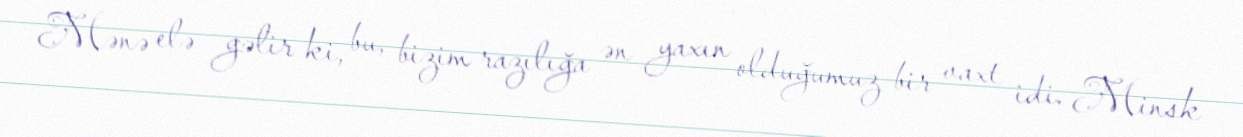
Mənə elə gəlir ki, bu, bizim razılığa ən yaxın olduğumuz bir vaxt idi. Minsk